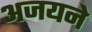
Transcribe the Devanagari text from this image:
अजयने